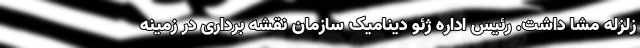
زلزله مشا داشت. رئیس اداره ژئو دینامیک سازمان نقشه برداری در زمینه